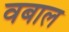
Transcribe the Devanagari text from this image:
वबाल